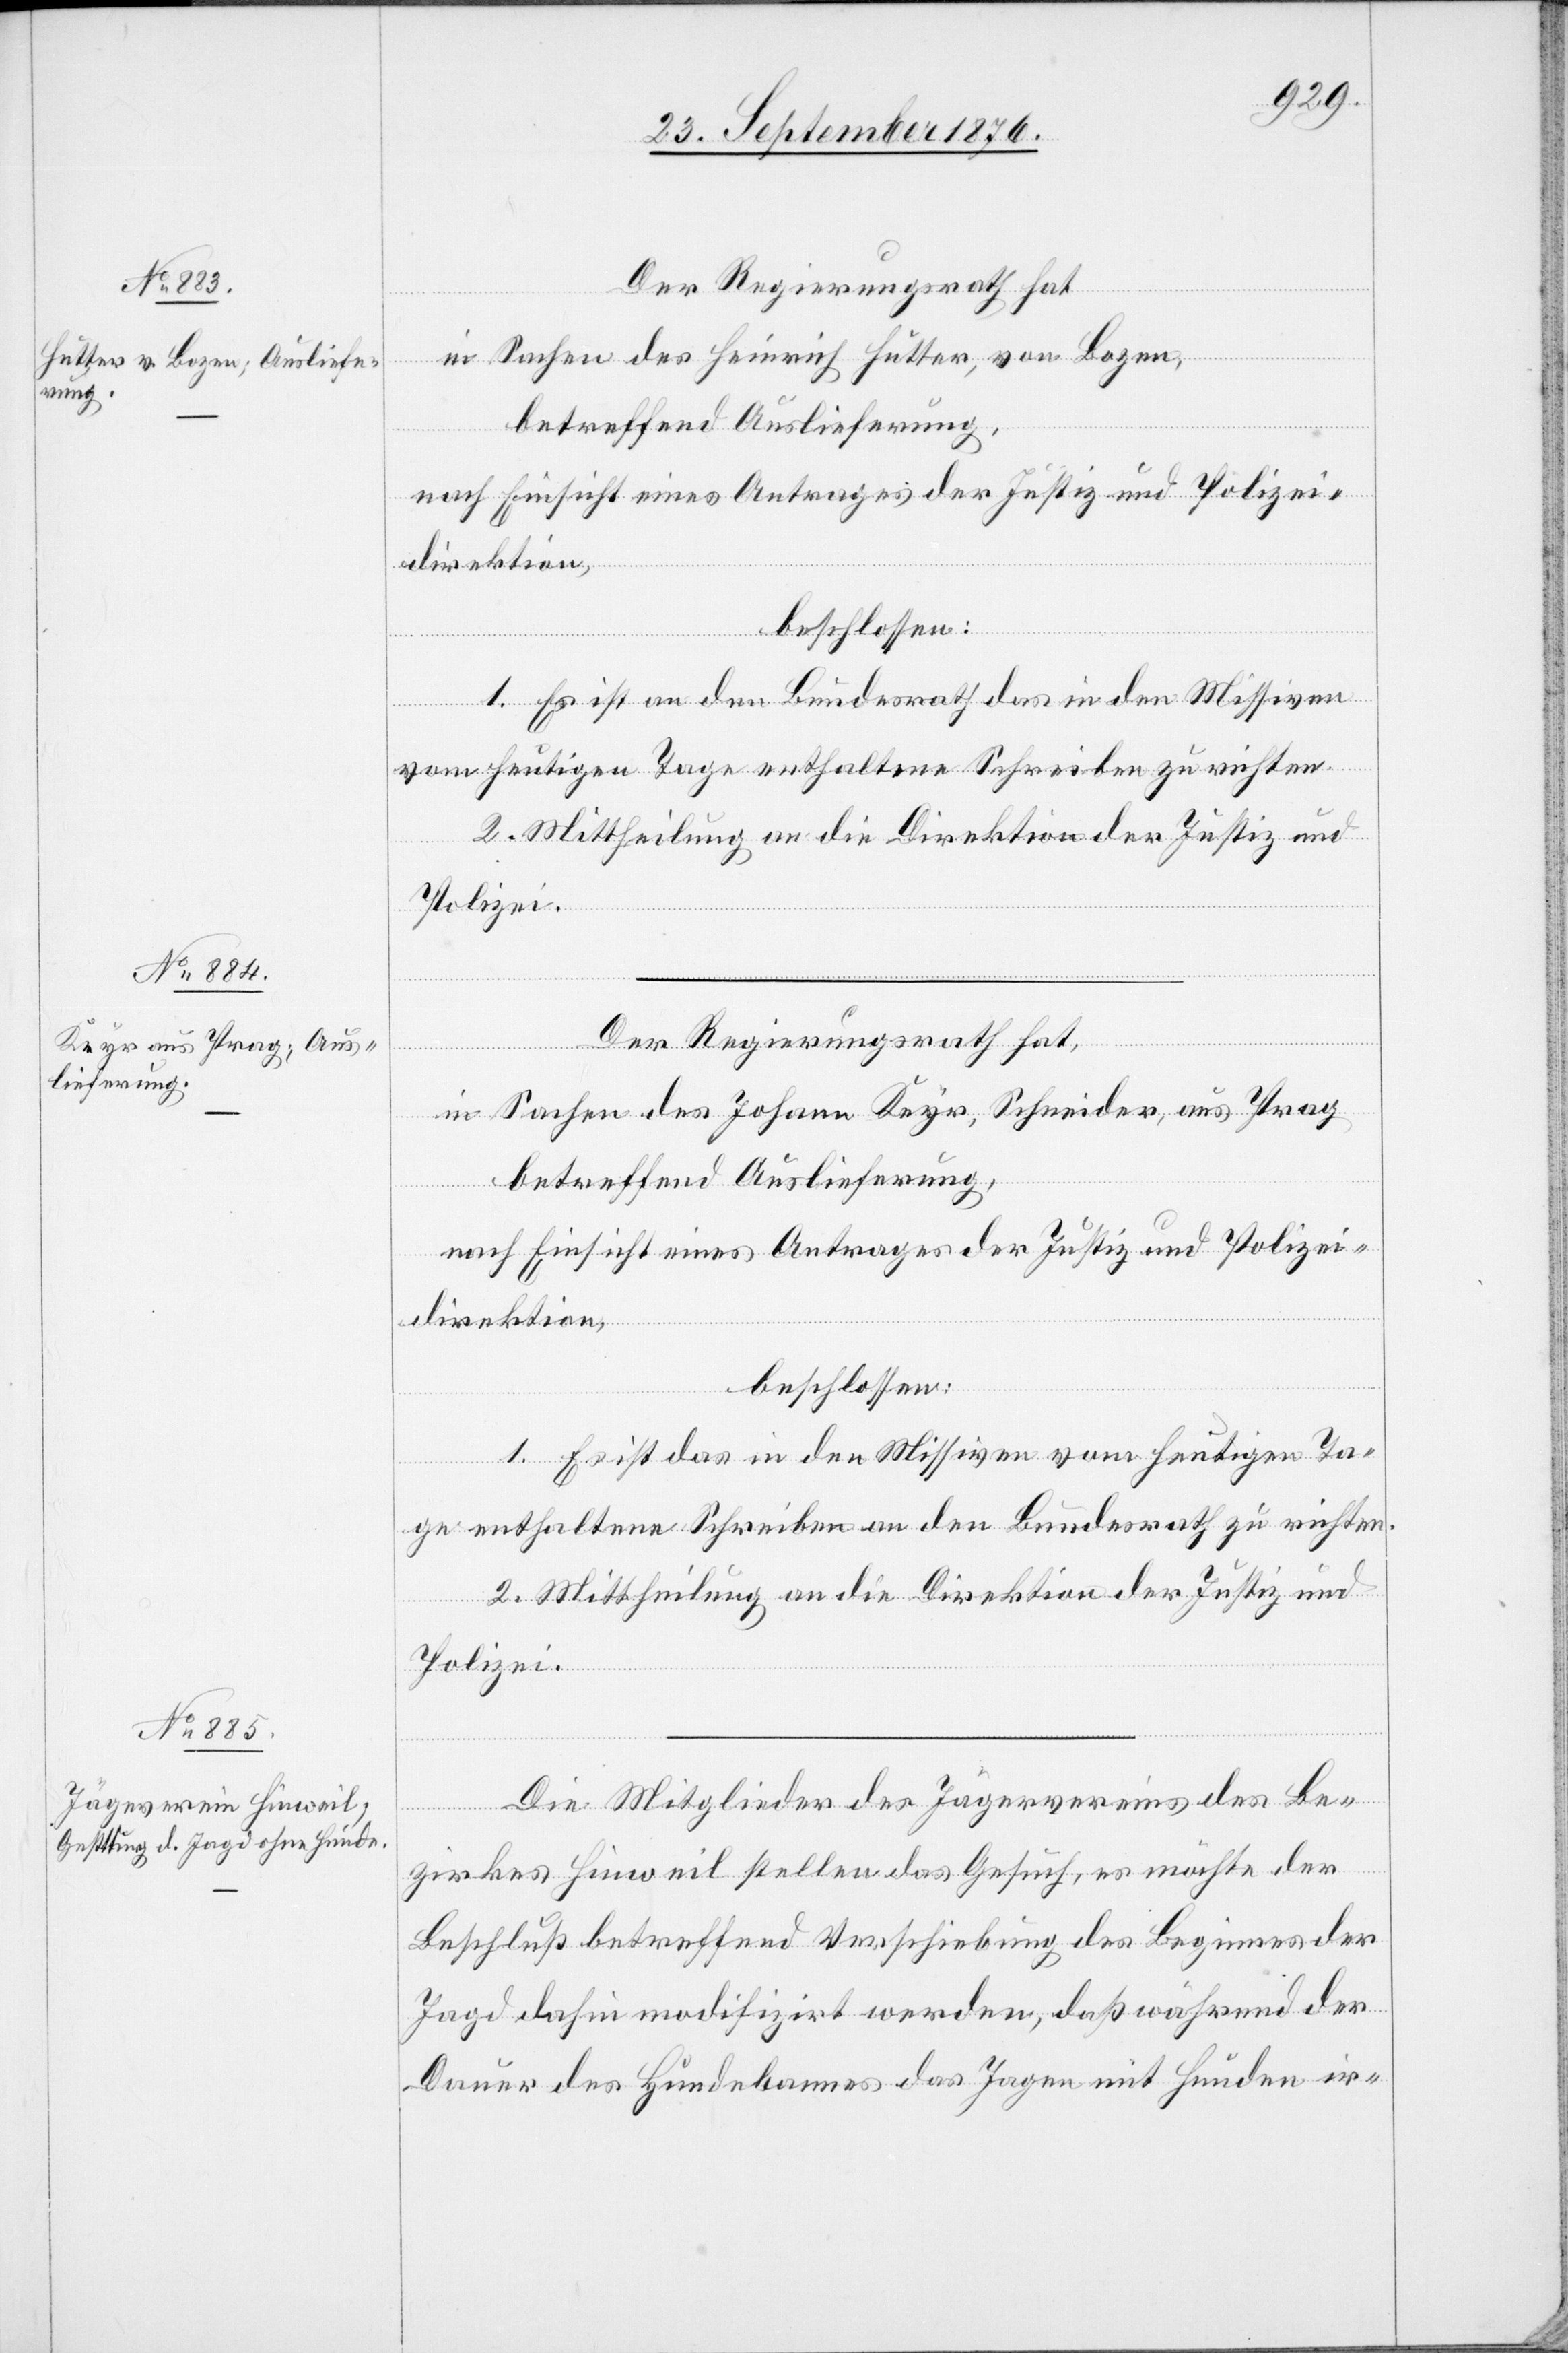
29. September 1876.]
Der Regierungsrath hat
in Sachen des Heinrich Hutter, von Bozen,
in Sachen des Johann Keyr, Schneider, aus Prag
betreffend Auslieferung,
nach Einsicht eines Antrages der Justiz- und Polizei¬
direktion,
beschlossen:
1. Es sei das in den Missiven vom heutigen Ta¬
ge enthaltene Schreiben an den Bundesrath zu richten.
2. Mittheilung an die Direktion der Justiz und
Polizei.
Die Mitglieder des Jägervereins des Be¬
zirkes Hinweil stellen das Gesuch, es möchte der
Beschluß betreffend Verschiebung des Beginnes der
Jagd dahin modifizirt werden, daß während der
Dauer des Hundebannes das Jagen mit Hunden ir-